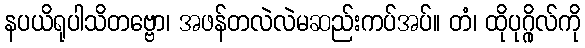
နပယိရုပါသိတဗ္ဗော၊ အဖန်တလဲလဲမဆည်းကပ်အပ်။ တံ၊ ထိုပုဂ္ဂိုလ်ကို